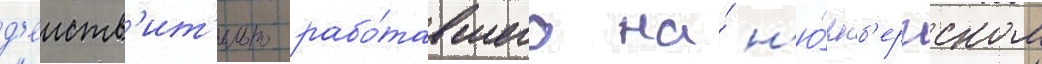
д'еиств'ит'ельно рабо́тавшего на́ н'ю́рнб'ергском